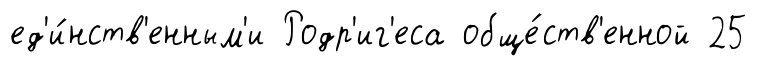
ед'и́нств'енным'и Родр'иг'еса обще́ств'енной 25